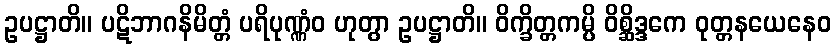
ဥပဋ္ဌာတိ။ ပဋိဘာဂနိမိတ္တံ ပရိပုဏ္ဏံဝ ဟုတွာ ဥပဋ္ဌာတိ။ ဝိက္ခိတ္တကမ္ပိ ဝိစ္ဆိဒ္ဒကေ ဝုတ္တနယေနေဝ